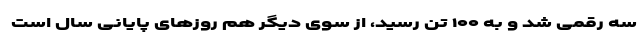
سه رقمی شد و به ۱۰۰ تن رسید، از سوی دیگر هم روزهای پایانی سال است